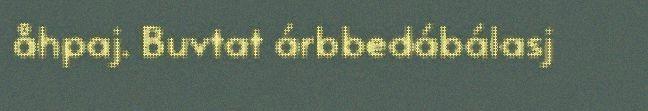
åhpaj. Buvtat árbbedábálasj